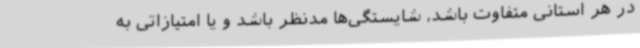
در هر استانی متفاوت باشد، شایستگی‌ها مدنظر باشد و یا امتیازاتی به